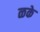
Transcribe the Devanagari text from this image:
ळके